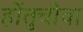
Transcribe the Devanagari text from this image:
होंतुचोवा